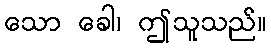
သော ခေါ၊ ဤသူသည်။